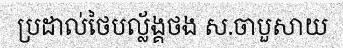
ប្រដាល់ថៃបល្ល័ង្គថង ស.ចាបួសាយ